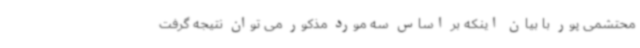
محتشمی پور با بیان اینکه بر اساس سه مورد مذکور می توان نتیجه گرفت